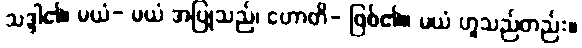
သဒ္ဒါ၏၊ မယံ- မယံ အပြုသည်၊ ဟောတိ- ဖြစ်၏။ မယံ ဟူသည်တည်း။